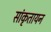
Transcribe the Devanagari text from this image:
सांकृतायन